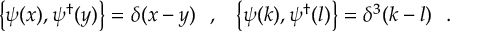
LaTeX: \left\{ \psi ( x ) , \psi ^ { \dagger } ( y ) \right\} = \delta ( x - y ) ~ ~ , ~ ~ \left\{ \psi ( k ) , \psi ^ { \dagger } ( l ) \right\} = \delta ^ { 3 } ( k - l ) ~ ~ .